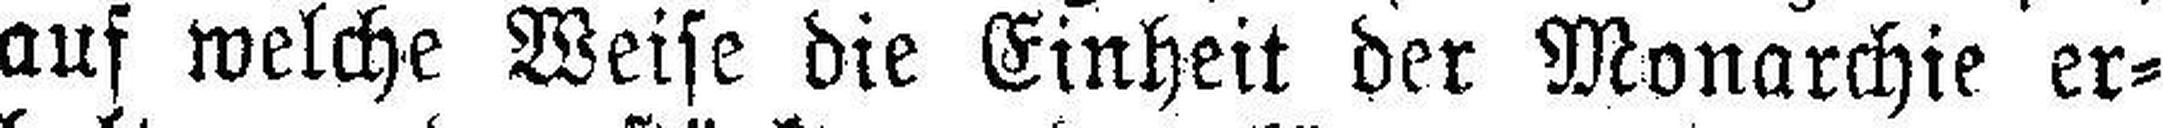
auf welche Weise die Einheit der Monarchie er¬